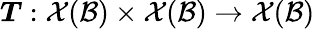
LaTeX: \boldsymbol{T}:\mathcal{X}(\mathcal{B})\times\mathcal{X}(\mathcal{B})\rightarrow\mathcal{X}(\mathcal{B})